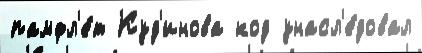
памфл'е́т Куд'инова код унасл'е́довал